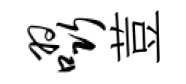
啜荳